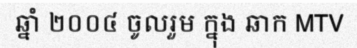
ឆ្នាំ ២០០៤ ចូលរួម ក្នុង ឆាក MTV